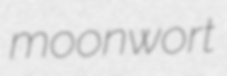
moonwort